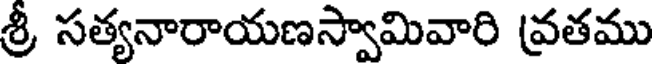
శ్రీ సత్యనారాయణస్వామివారి వ్రతము